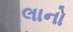
લાનો